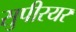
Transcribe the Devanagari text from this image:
सुपीरयर